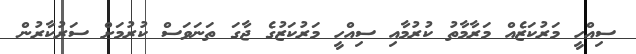
ސިއްހީ މަރުކަޒެއް މަރާމާތު ކުރުމާއި ސިއްހީ މަރުކަޒުގެ ޖާގަ ތަނަވަސް ކުރުމަށް ސަރުކާރުން